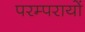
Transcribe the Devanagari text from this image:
परम्परायों